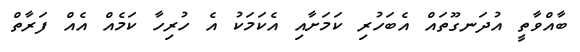
ބާއްވާތީ އުދަނގޫތައް އެބަހުރި ކަމަށާއި އެކަމަކު އެ ހުރިހާ ކަމެއް އެއް ފަރާތް